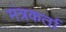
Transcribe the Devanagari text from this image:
मंत्रकर्ता